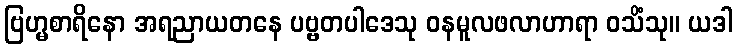
ဗြဟ္မစာရိနော အရညာယတနေ ပဗ္ဗတပါဒေသု ဝနမူလဖလာဟာရာ ဝသိံသု။ ယဒါ